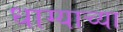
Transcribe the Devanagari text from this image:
धाग्याच्या